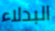
البدلاء